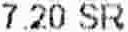
7.20 SR